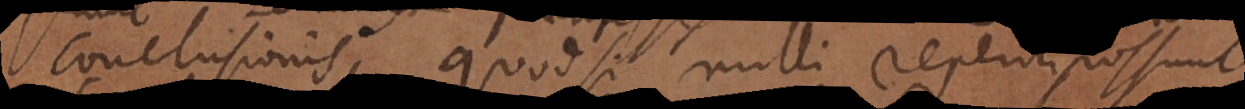
conclusionis; quodsi nulli reperiri possunt